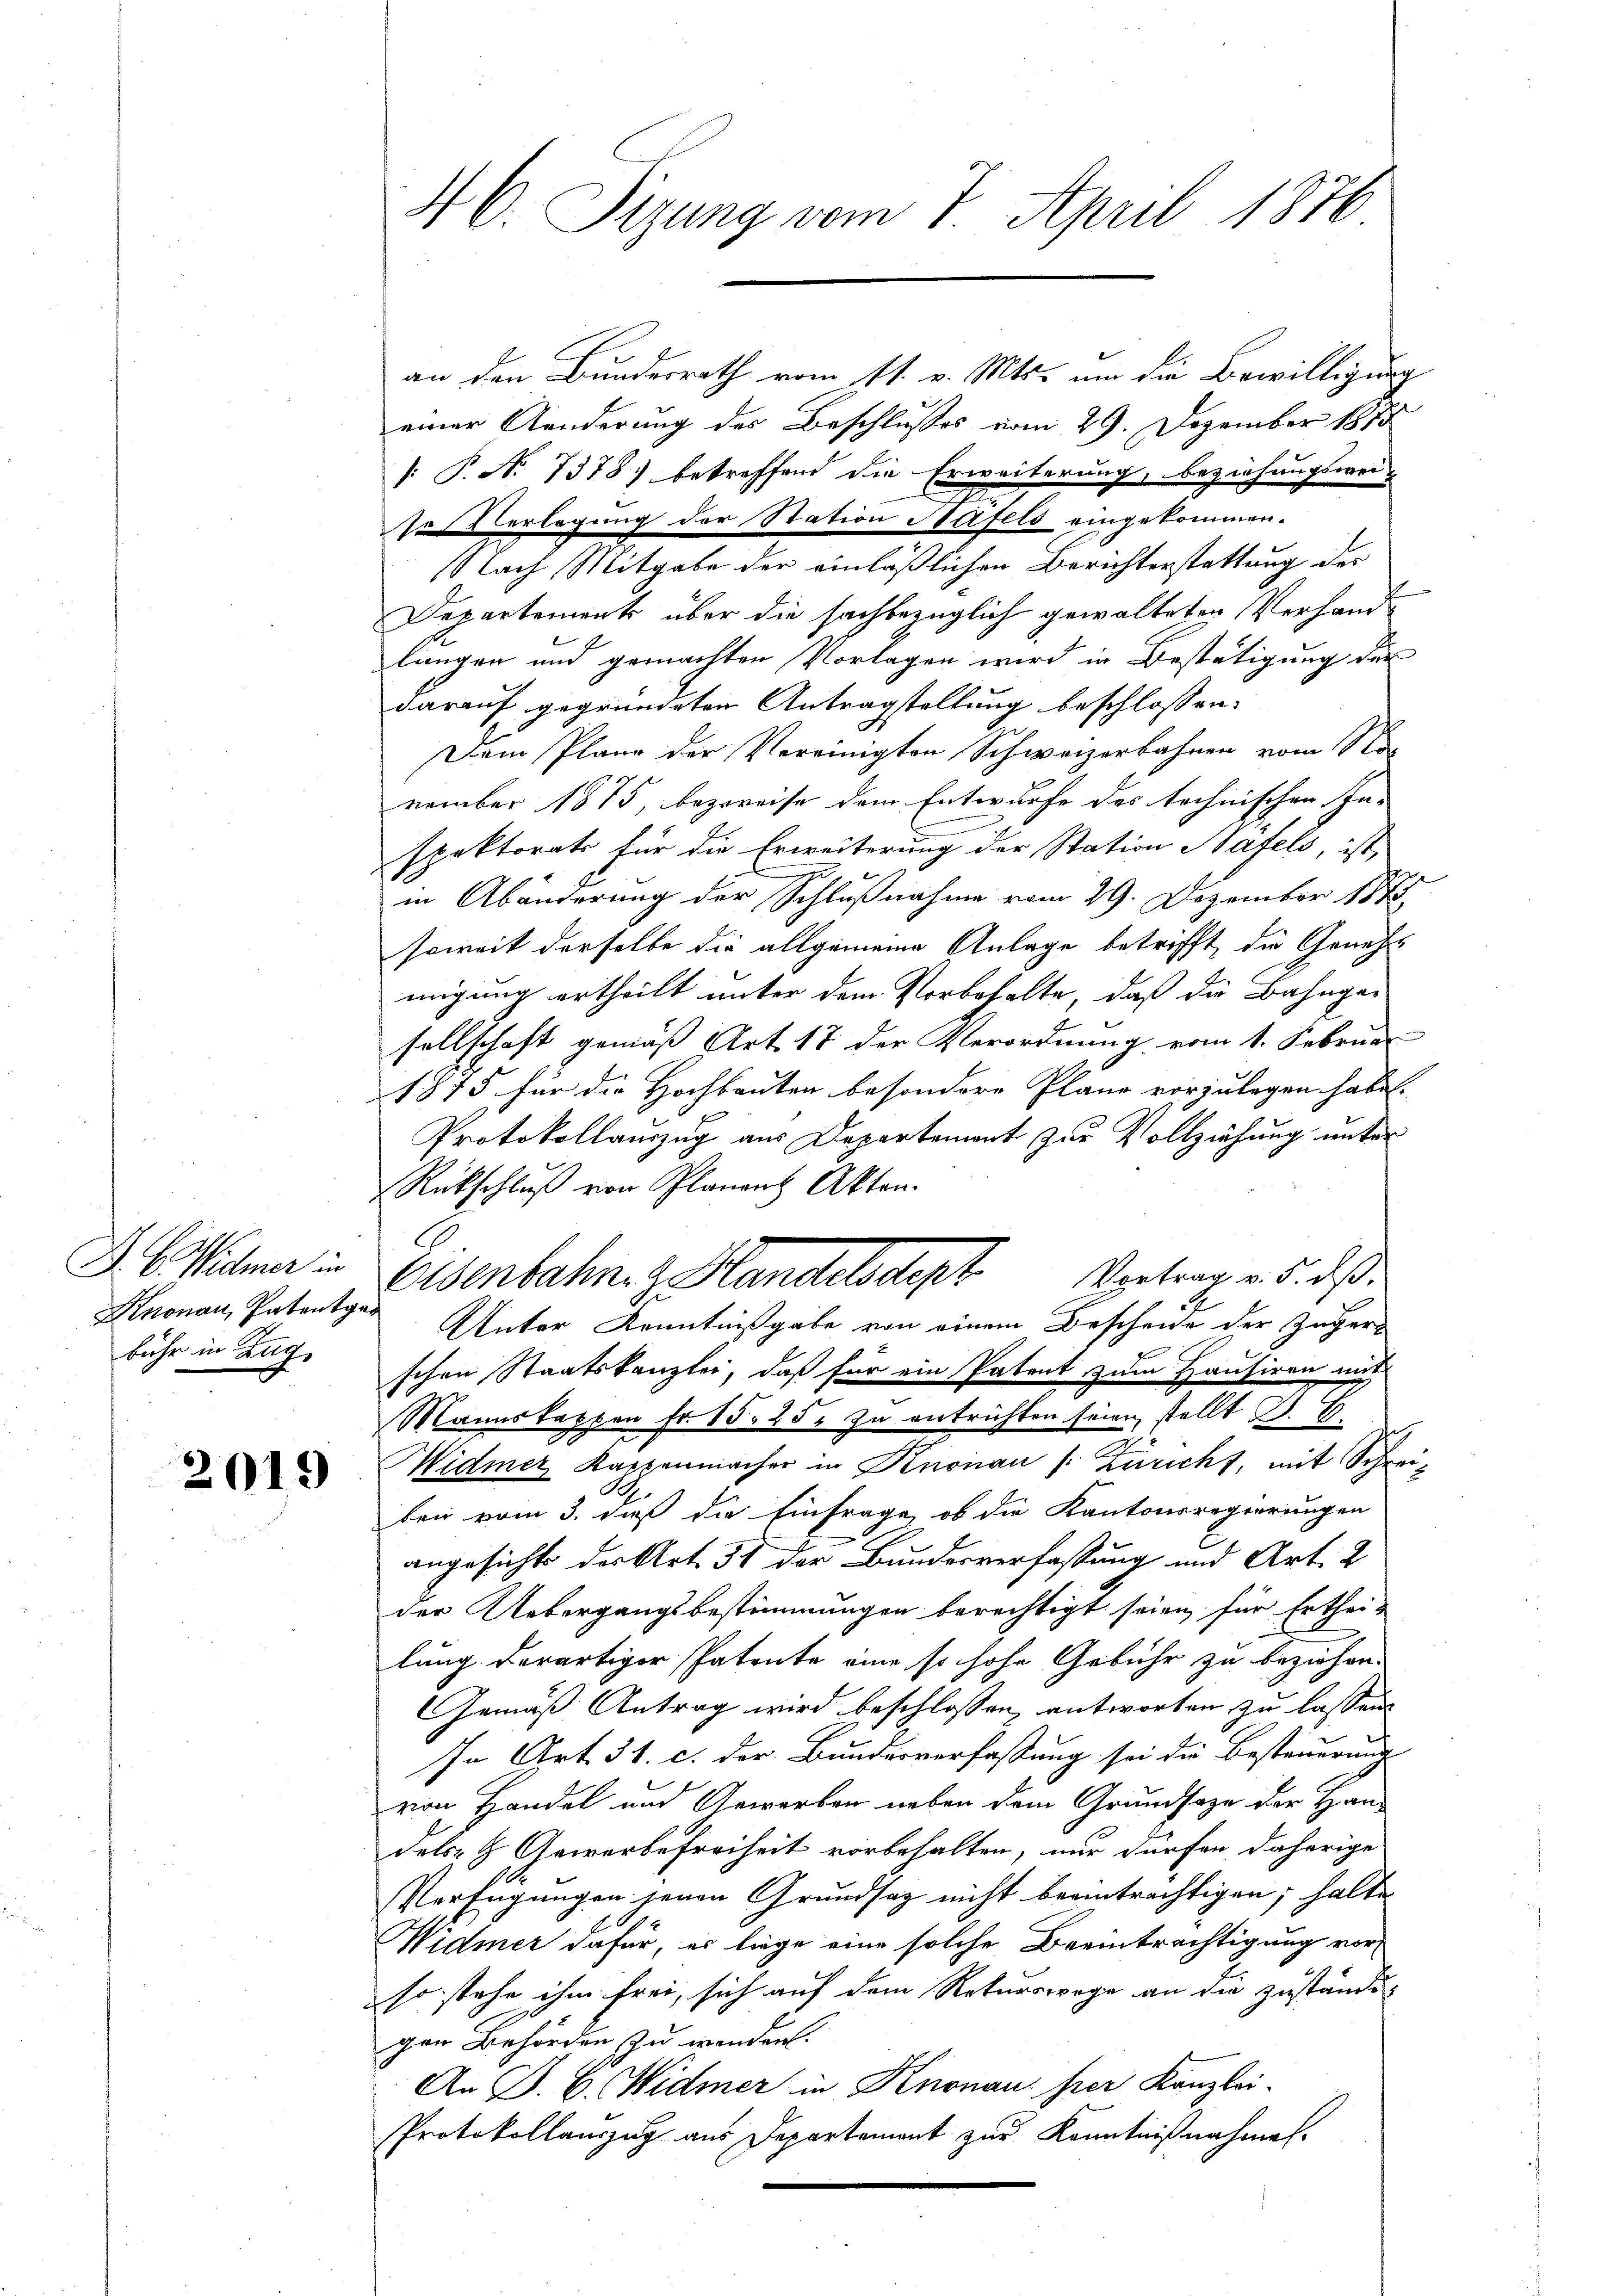
D. B. Widmer in
Knonau, Patentg
bühr in Zug,

2019

46. Sizung vom 7. April 1876

an den Bundesrath vom 11. v. Mts. um die Bewilligung
einer Aenderung des Beschlußes vom 29. Dezember 1810
: P. No 7378) betreffend die Erweiterung, beziehungswei-
sesterlegung der Station Näfels eingekommen.
NNach Mitgabe der einläßlichen Berichterstattung der
Departements über die sachbezüglich gewalteten Verhande
lungen und gemachten Vorlagen wird in Bestätigung der
darauf gegründeten Antragstellung beschlossen:
Dem Plane der Vereinigten Schweizerbahnen vom No-
vember 1875, bezweife dem Entwurfe des technischen In-
spektorats für die Erweiterung der Station Hafels, ist
in Abänderung der Schlußnahme vom 29. Dezember 1878
soweit derselbe die allgemeine Anlage betrifft, die Geneh
migung ertheilt unter dem Vorbehalte, daß die Bahnge-
sellschaft gemäß Art. 17 der Verordnung vom 1. Februa
1875 für die Hochbauten besondere Pläne vorzulegen habe.
Protokollauszug aus Departement zur Vollziehung unter
Rückschluß von Planen Akten.
Eisenbahn. Handelsdept Vertrag. 5. ds.
Unter Kenntnißgabe von einem Bescheide der Zuger
schen Staatskanzlei, daß für ein Patent zum Hausiren mit
Mannskappen fr. 15. 25. zu entrichten seien, stellt d. B.
Widmer Kappenmacher in Knonau (: Züricht, mit Schreibei vom 3. daß die Einfrage, ob die Kantonsregierungen
angesichts der Art. 31 der Bundesverfassung und Art. 2
der Uebergangsbestimmungen berechtigt seien für Erthei-
lung derartiger Patente eine so hohe Gebühr zu beziehen.
Gemäß Antrag wird beschlossen, antworten zu lassen
In Art. 31. c. der Bundesverfassung sei die Besteuerung
von Handel und Gewerben neben dem Grundsaze der Han-
dels- & Gewerbefreiheit vorbehalten, nur dürfen daherige
Verfügungen jenen Grundsaz nicht beanträchtigen; halte
Widmer dafür, es liege eine solche Beeinträchtigung vor
so stehe ihm frei, sich auf dem Rekurswege an die zuständigen Behörden zu wenden.
An P. C. Widmer in Knonau per Kanzlei-
Protokollauszug aus Departement zur Kenntnißnahmes